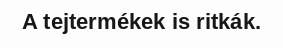
A tejtermékek is ritkák.